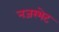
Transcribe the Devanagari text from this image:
नजरभेट